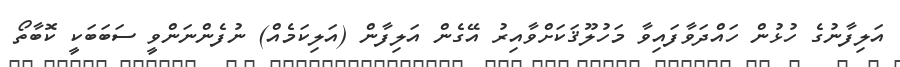
އަލިފާނުގެ ހުޅުން ހައްދަވާފައިވާ މަހުލޫޤަކަށްވާއިރު އޭގެން އަލިފާން (އަލިކަމެއް) ނުފެންނަންވީ ސަބަބަކީ ކޮބާތޯ